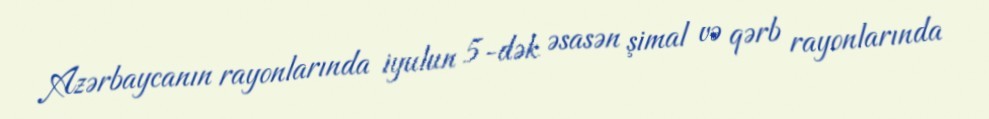
Azərbaycanın rayonlarında iyulun 5-dək əsasən şimal və qərb rayonlarında